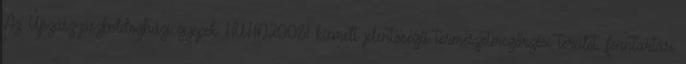
Az Újszász-jászboldogházi gyepek HUHN20081 kiemelt jelentőségű természetmegőrzési terület. fenntartási